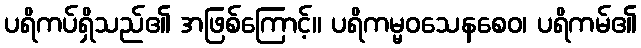
ပရိကပ်ရှိသည်၏ အဖြစ်ကြောင့်။ ပရိကမ္မဝသေနစေဝ၊ ပရိကမ်၏